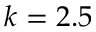
k = 2 . 5